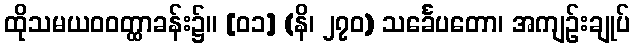
ထိုသမယဝဝတ္ထာခန်း၌။ [၀၁] (နိ၊ ၂၇၀) သင်္ခေပတော၊ အကျဉ်းချုပ်